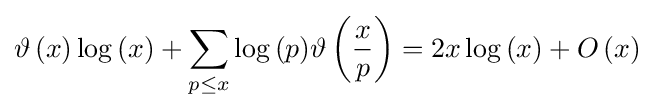
\vartheta \left(x\right)\log \left(x\right)+\sum \limits _{p\leq x}{\log \left(p\right)}\vartheta \left({\frac {x}{p}}\right)=2x\log \left(x\right)+O\left(x\right)